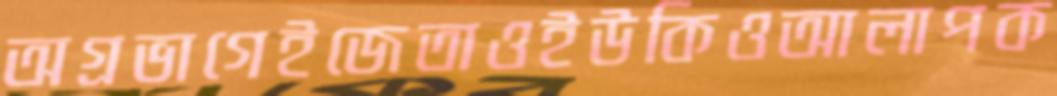
অগ্রভাগেইজেতাওইউকিওআলাপক